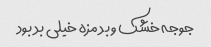
جوجه خشک و بد مزه خیلی بد بود